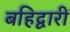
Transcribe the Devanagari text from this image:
बहिद्वारीं